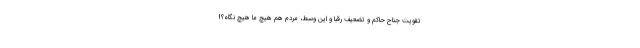
تقویت جناح حاکم و تضعیف رقبا و این وسط، مردم هم هیچ ما هیچ نگاه؟!